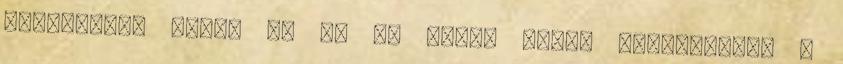
levelemet, megha en ki ma volt, hanem decemberben :